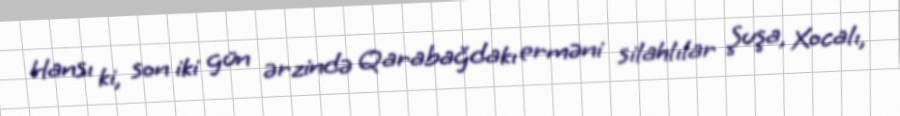
Hansı ki, son iki gün ərzində Qarabağdakı erməni silahlılar Şuşa, Xocalı,